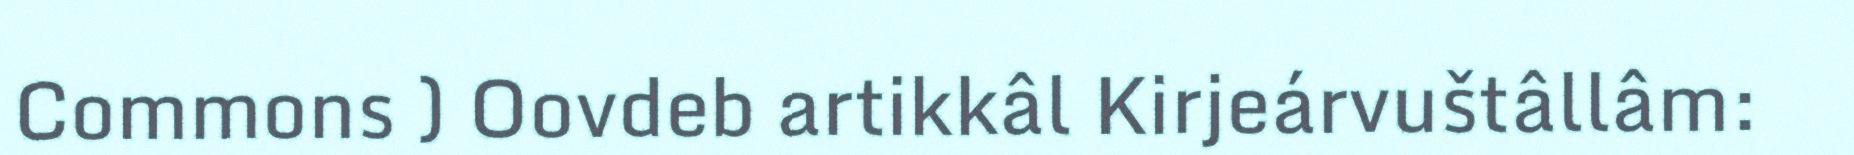
Commons ) Oovdeb artikkâl Kirjeárvuštâllâm: